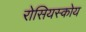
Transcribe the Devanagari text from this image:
रोसियस्कोय